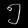
Digit: ၅